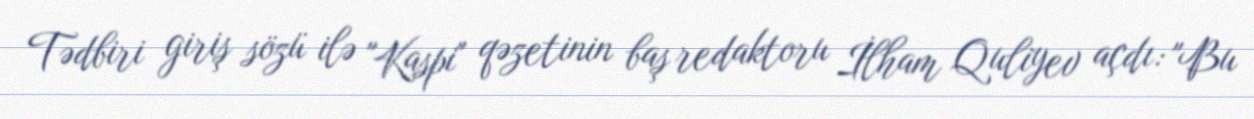
Tədbiri giriş sözü ilə "Kaspi" qəzetinin baş redaktoru İlham Quliyev açdı: "Bu